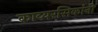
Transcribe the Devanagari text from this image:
काव्यरसिकांनी